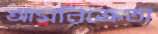
আমবিক্রেতা